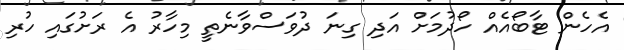
އެހެން ޓާބޯއެއް ހޯދުމަށް އަދި ގިނަ ދުވަސްވާނެތީ މިހާރު އެ ރަށުގައި ހުރި